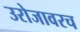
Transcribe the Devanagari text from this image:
उरोजावरच